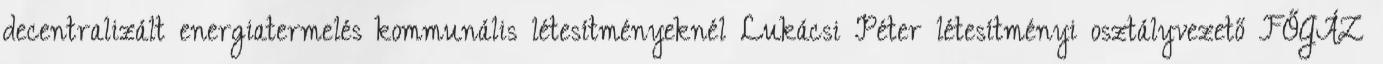
decentralizált energiatermelés kommunális létesítményeknél Lukácsi Péter létesítményi osztályvezető FŐGÁZ